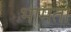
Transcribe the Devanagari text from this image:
भामता